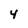
Character: 4